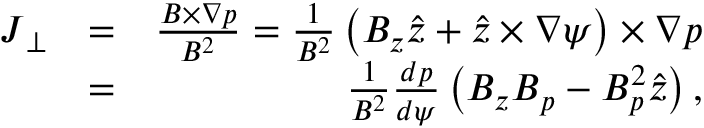
\begin{array} { r l r } { \boldsymbol { J } _ { \perp } } & { = } & { \frac { \boldsymbol { B } \times \nabla p } { B ^ { 2 } } = \frac { 1 } { B ^ { 2 } } \left( B _ { z } \boldsymbol { \hat { z } } + \boldsymbol { \hat { z } } \times \nabla \psi \right) \times \nabla p } \\ & { = } & { \frac { 1 } { B ^ { 2 } } \frac { d p } { d \psi } \left( B _ { z } \boldsymbol { B } _ { p } - B _ { p } ^ { 2 } \boldsymbol { \hat { z } } \right) , } \end{array}